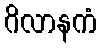
ဂိလာနကံ